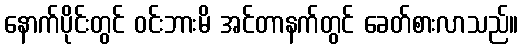
နောက်ပိုင်းတွင် ဝင်းဘားမိ အင်တာနက်တွင် ခေတ်စားလာသည်။